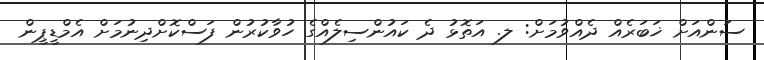
ސަންއަށް ޚަބަރެއް ދެއްވުމަށް: ލ. އަތޮޅު ދެ ކައުންސިލެއްގެ ހުވާކުރުން ފަސްކޮށްދިނުމަށް އެމްޑީޕީން